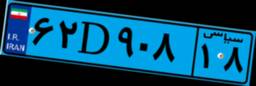
۶۲D۹۰۸۱۸